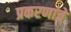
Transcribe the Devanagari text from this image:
प्रकरणांचे